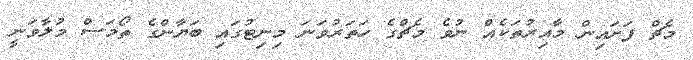
މެޗް ފަށައިން މާއިރުތަކެއް ނުވެ މެޗްގެ ހަތަރުވަނަ މިނިޓުގައި ބަޔާންގެ ތޯމަސް މުލާވަނީ